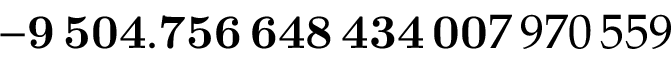
\mathbf { - 9 \, 5 0 4 . 7 5 6 \, 6 4 8 \, 4 3 4 \, 0 0 } 7 \, 9 7 0 \, 5 5 9